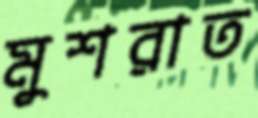
মুশরাত